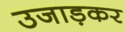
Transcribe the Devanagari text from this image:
उजाड़कर